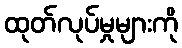
ထုတ်လုပ်မှုများကို